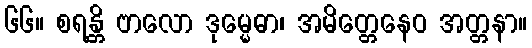
၆၆။ စရန္တိ ဗာလော ဒုမ္မေဓာ၊ အမိတ္တေနေဝ အတ္တနာ။